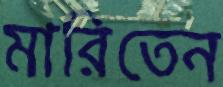
মারিতেন